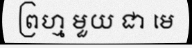
ព្រហ្ម មួយ ជា មេ